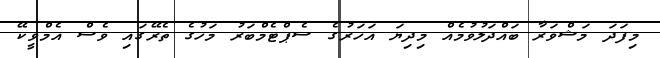
މިފަދަ މަޝްވަރާ ބައްދަލުވުމެއް މިދިޔަ އަހަރުގެ ސެޕްޓެމްބަރު މަހުގެ ތެރޭގައި ވެސް އެމްވީކޭ